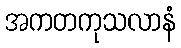
အကတကုသလာနံ